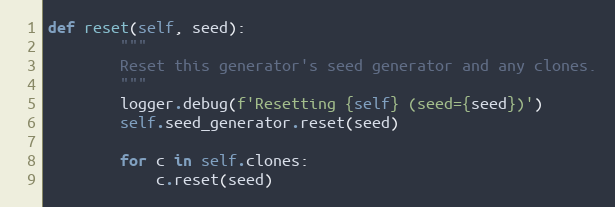
Language: Python
def reset(self, seed):
        """
        Reset this generator's seed generator and any clones.
        """
        logger.debug(f'Resetting {self} (seed={seed})')
        self.seed_generator.reset(seed)

        for c in self.clones:
            c.reset(seed)